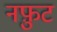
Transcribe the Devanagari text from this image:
नफ़ुट